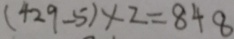
( 4 2 9 - 5 ) \times 2 = 8 4 8